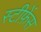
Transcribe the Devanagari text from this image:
स्टीफ़ेंस